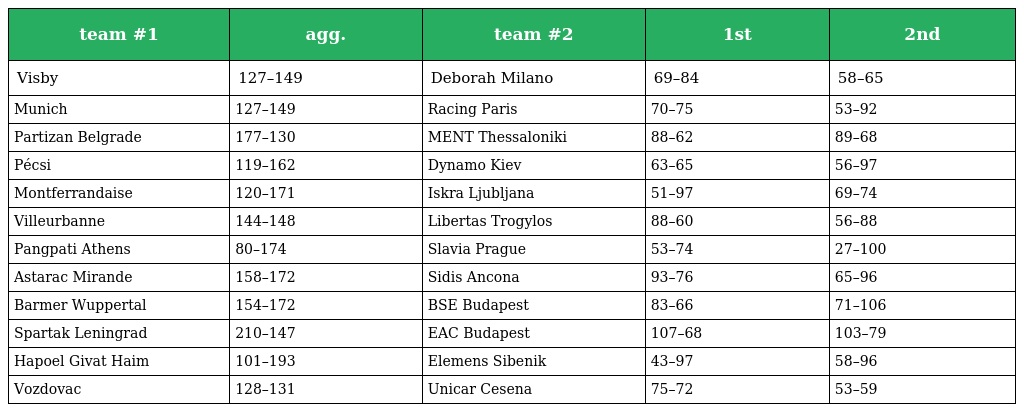
| team #1 | agg. | team #2 | 1st | 2nd |
 | --- | --- | --- | --- | --- |
 | Visby | 127–149 | Deborah Milano | 69–84 | 58–65 |
 | Munich | 127–149 | Racing Paris | 70–75 | 53–92 |
 | Partizan Belgrade | 177–130 | MENT Thessaloniki | 88–62 | 89–68 |
 | Pécsi | 119–162 | Dynamo Kiev | 63–65 | 56–97 |
 | Montferrandaise | 120–171 | Iskra Ljubljana | 51–97 | 69–74 |
 | Villeurbanne | 144–148 | Libertas Trogylos | 88–60 | 56–88 |
 | Pangpati Athens | 80–174 | Slavia Prague | 53–74 | 27–100 |
 | Astarac Mirande | 158–172 | Sidis Ancona | 93–76 | 65–96 |
 | Barmer Wuppertal | 154–172 | BSE Budapest | 83–66 | 71–106 |
 | Spartak Leningrad | 210–147 | EAC Budapest | 107–68 | 103–79 |
 | Hapoel Givat Haim | 101–193 | Elemens Sibenik | 43–97 | 58–96 |
 | Vozdovac | 128–131 | Unicar Cesena | 75–72 | 53–59 |